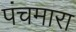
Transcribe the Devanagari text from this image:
पंचमारा